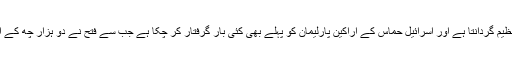
اسرائیل حماس کو ایک دہشت گرد تنظیم گردانتا ہے اور اسرائیل حماس کے اراکین پارلیمان کو پہلے بھی کئی بار گرفتار کر چکا ہے جب سے فتح نے دو ہزار چھ کے انتخابات میں فتح کو شکست دی ہے۔